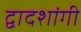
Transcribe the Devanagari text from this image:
द्वादशांगी